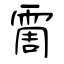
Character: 霌